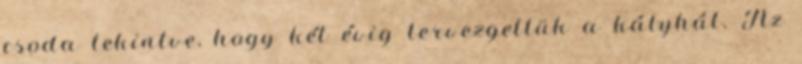
csoda tekintve, hogy két évig tervezgettük a kályhát. Az